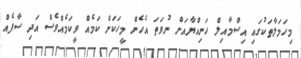
މިހަމަލާތަކުގައި އިސްމާއިލް ހަނިއްޔާއަށް ނުވަތަ އެހެން މީހަކަށް ކަމެއް ވީކަމެއްވެސް އަދި ސާފެއް